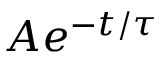
A e ^ { - t / \tau }